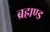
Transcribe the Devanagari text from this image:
ब्रह्राण्ड